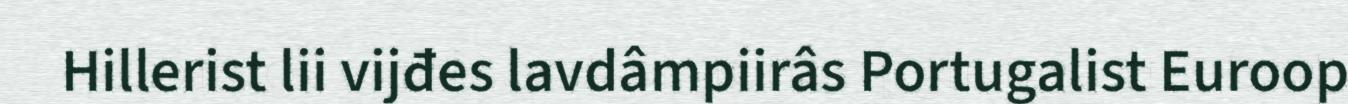
Hillerist lii vijđes lavdâmpiirâs Portugalist Euroop